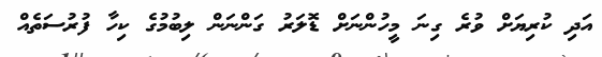
އަދި ކުރިޔަށް ވުރެ ގިނަ މީހުންނަށް ޑޮލަރު ގަންނަން ލިބުމުގެ ކިހާ ފުރުސަތެއް